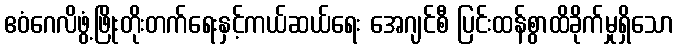
ဧဝံဂေလိဖွံ့ဖြိုးတိုးတက်ရေးနှင့်ကယ်ဆယ်ရေး အေဂျင်စီ ပြင်းထန်စွာထိခိုက်မှုရှိသော